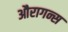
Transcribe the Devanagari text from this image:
औरागन्स